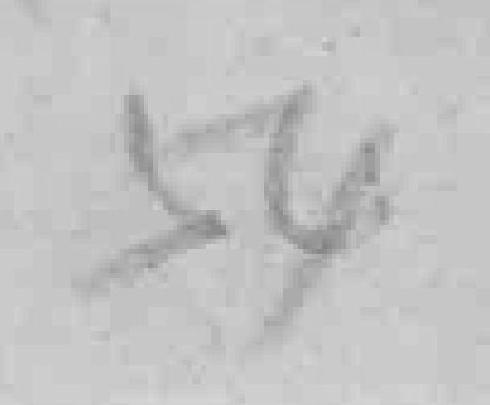
54